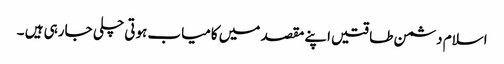
اسلام دشمن طاقتیں اپنے مقصد میں کامیاب ہوتی چلی جارہی ہیں ۔